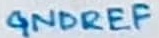
Text: GNDREF